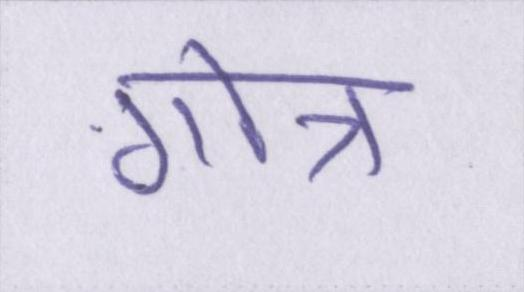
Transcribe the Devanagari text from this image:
गोत्र